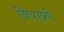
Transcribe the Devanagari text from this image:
बियाफ़ो